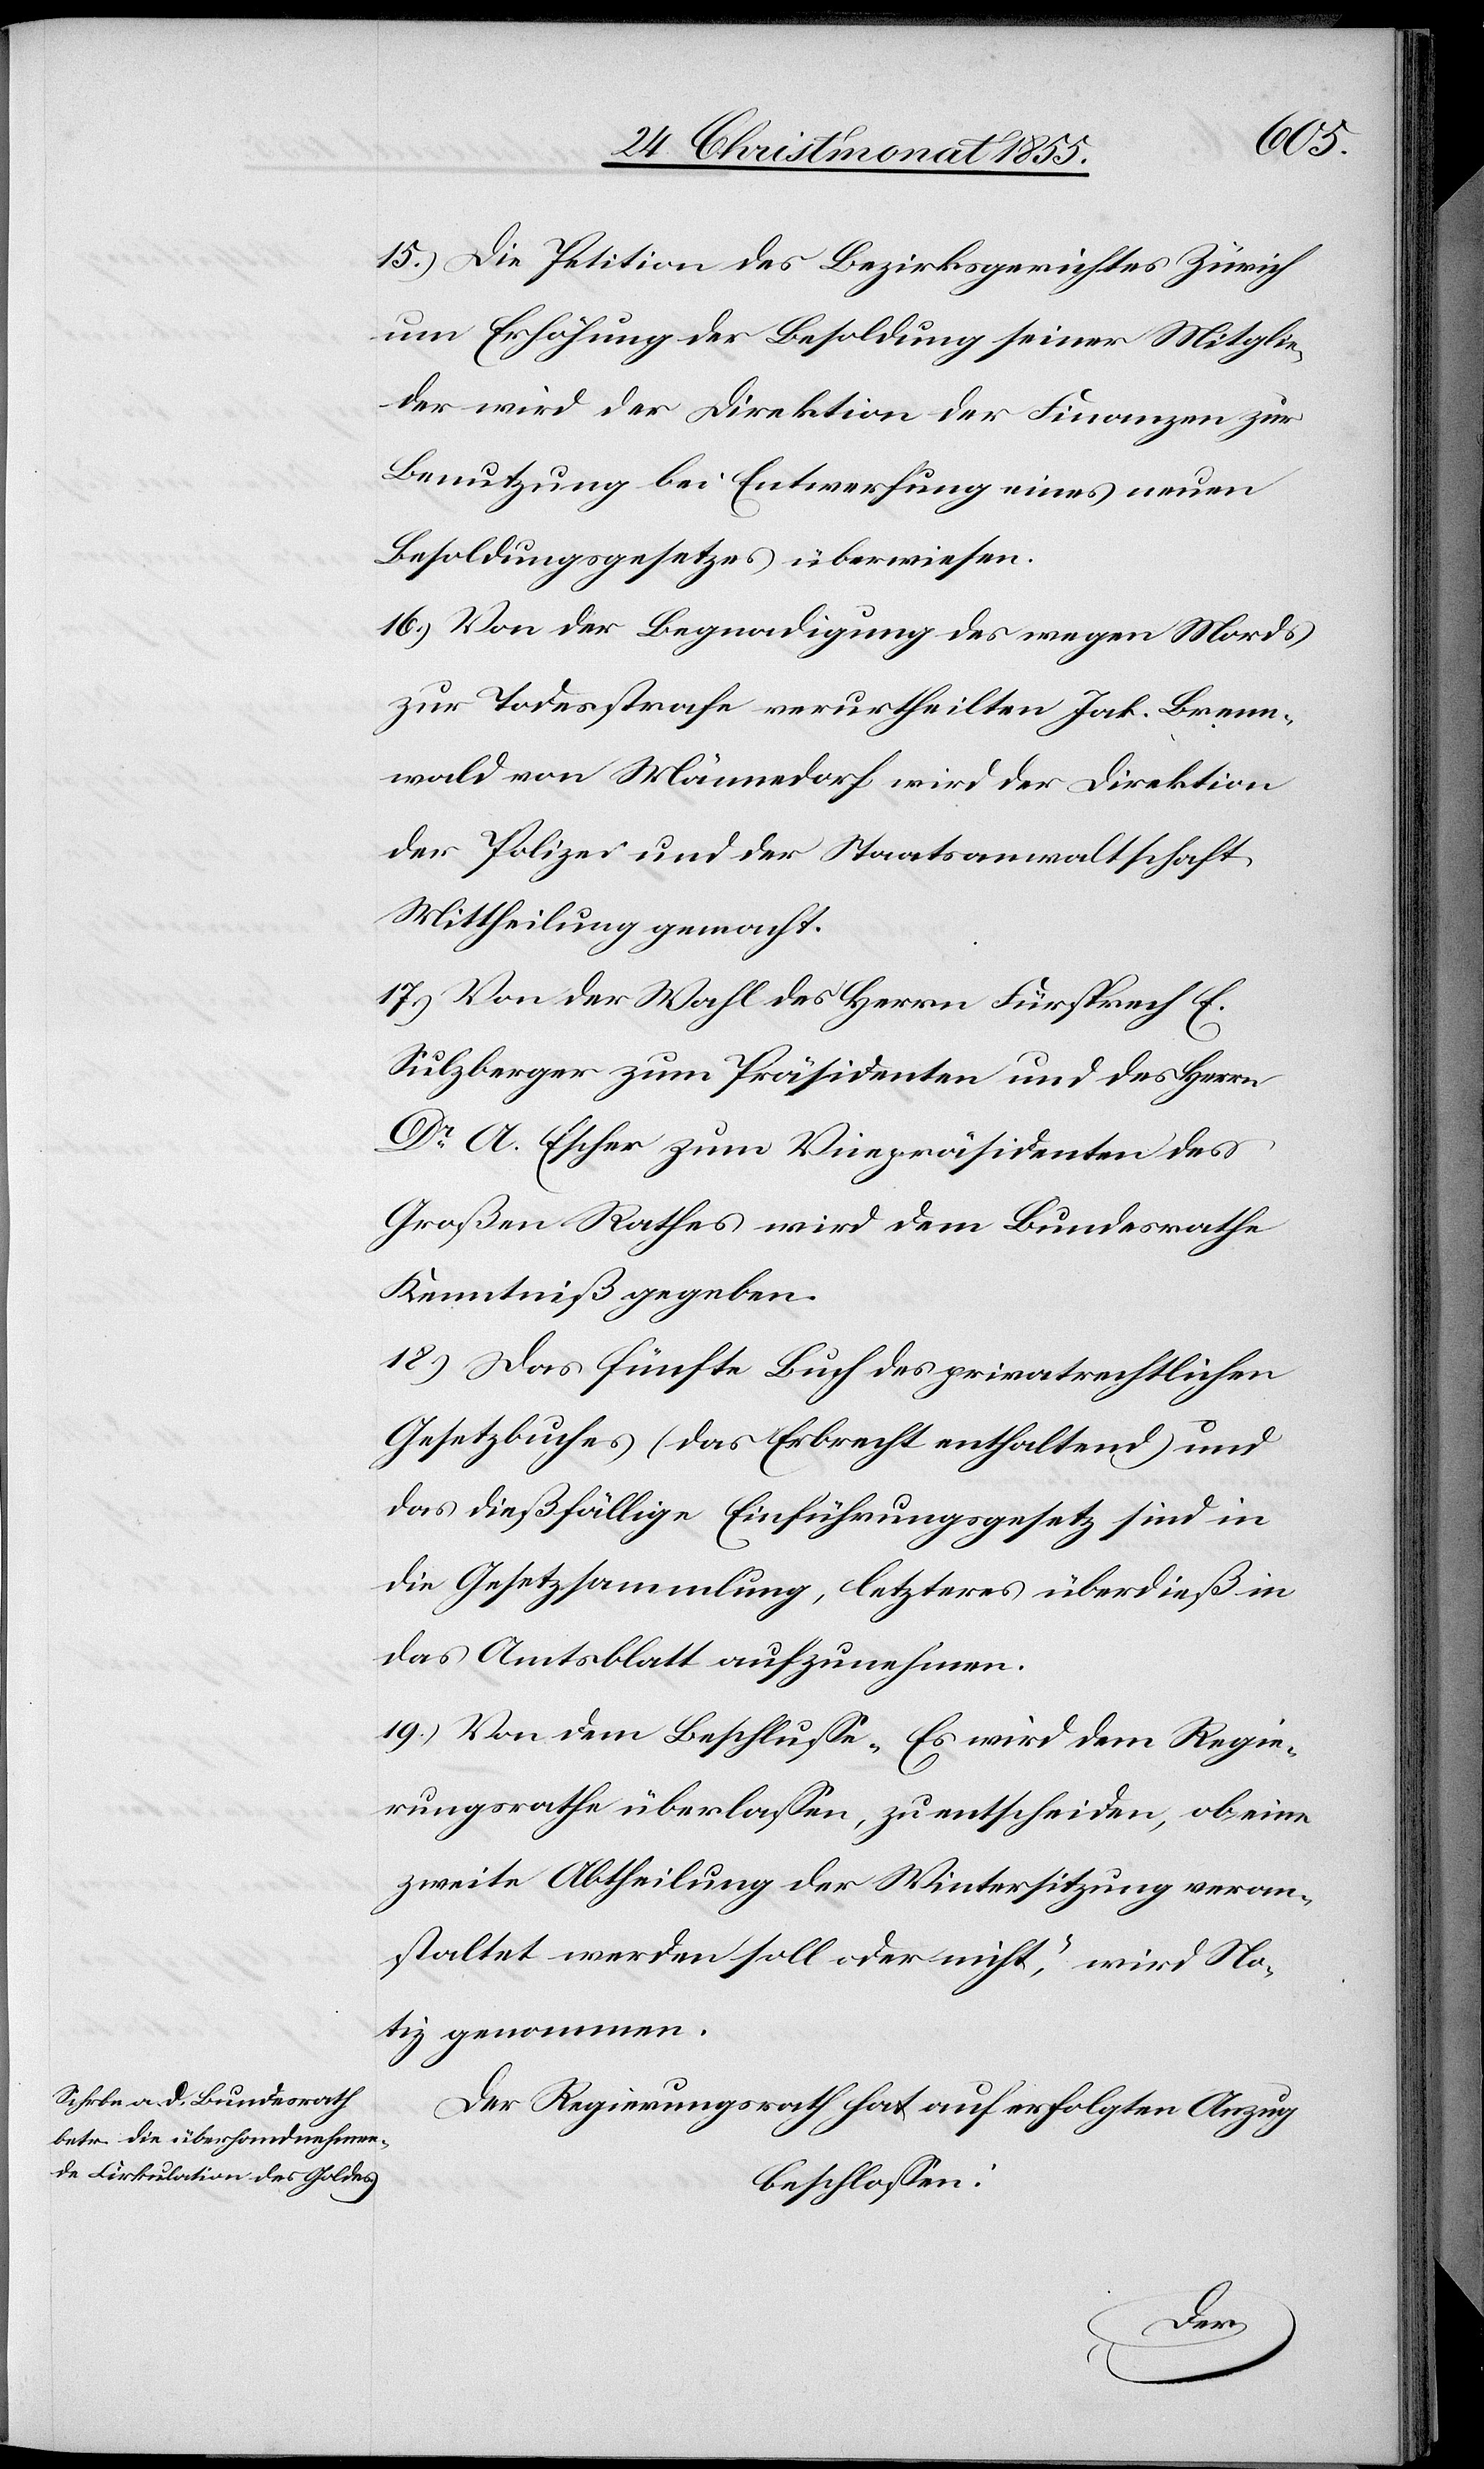
15.)
Die Petition des Bezirksgerichtes Zürich
um Erhöhung der Besoldung seiner Mitglie¬
der wird der Direktion der Finanzen zur
Benutzung bei Entwerfung eines neuen
Besoldungsgesetzes überwiesen.
Von der Begnadigung des wegen Mords
zur Todesstrafe verurtheilten Jak. Brenn¬
wald von Männedorf wird der Direktion
der Polizei und der Staatsanwaltschaft
Mittheilung gemacht.
Von der Wahl des Herrn Fürsprech E.
Sulzberger zum Präsidenten und des Herrn
Dr A. Escher zum Vicepräsidenten des
Großen Rathes wird dem Bundesrathe
Kenntniß gegeben.
Das fünfte Buch des privatrechtlichen
Gesetzbuches (das Erbrecht enthaltend) und
das dießfällige Einführungsgesetz sind in
die Gesetzsammlung, letzteres überdieß in
das Amtsblatt aufzunehmen.
Von dem Beschlusse „Es wird dem Regie¬
rungsrathe überlassen, zu entscheiden, ob eine
zweite Abtheilung der Wintersitzung veran¬
staltet werden soll oder nicht“, wird No¬
tiz genommen.
Der Regierungsrath hat auf erfolgten Anzug
beschlossen: